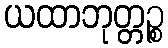
ယထာဘုတ္တဉ္စ